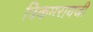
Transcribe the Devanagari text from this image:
त्रिकमरायजी